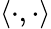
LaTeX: \left<\cdot,\cdot\right>